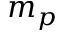
m _ { p }